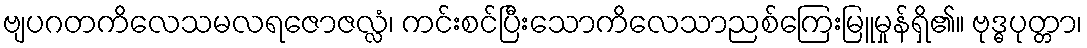
ဗျပဂတကိလေသမလရဇောဇလ္လံ၊ ကင်းစင်ပြီးသောကိလေသာညစ်ကြေးမြူမှုန်ရှိ၏။ ဗုဒ္ဓပုတ္တာ၊